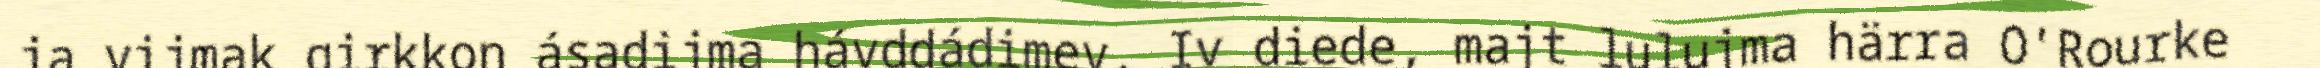
ja vijmak girkkon ásadijma hávddádimev. Iv diede, majt lulujma härra O'Rourke